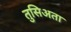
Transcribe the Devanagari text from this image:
तुसिअता